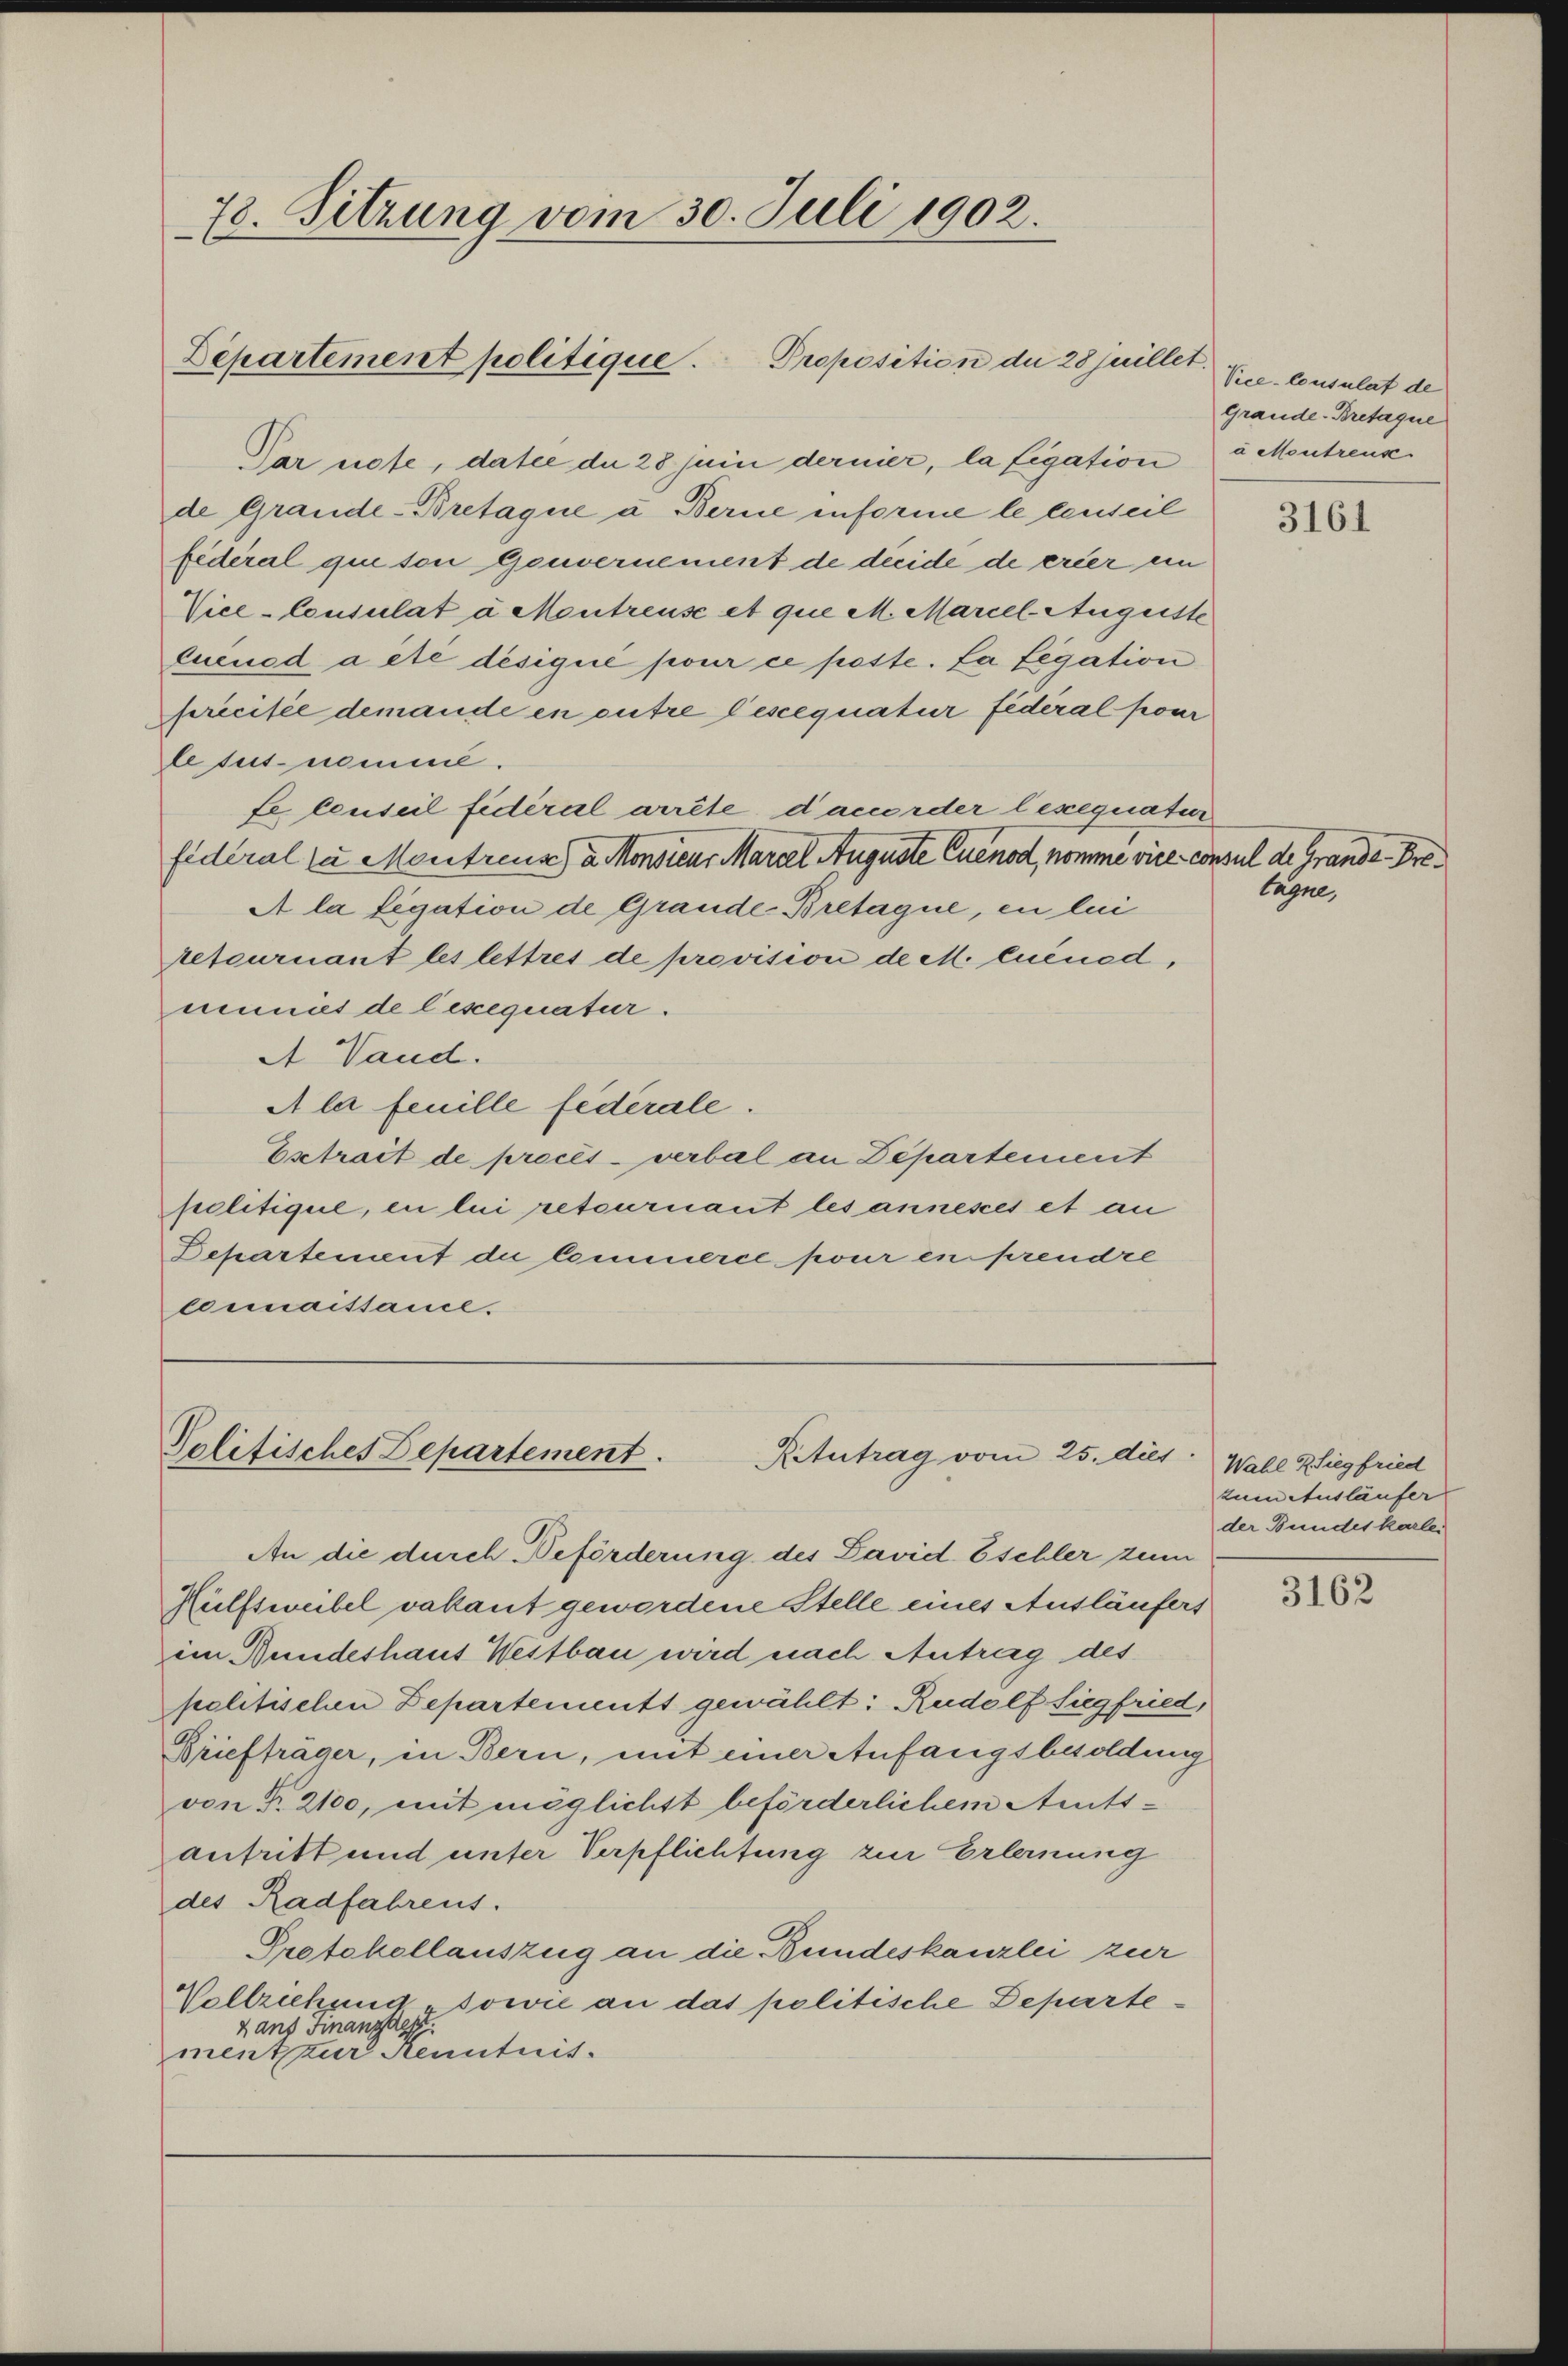
78. Sitzung vom 30. Juli 1902.

Par note, datie du 28 Juni dernier, la Legation à Montrenk
de Grande-Bretague u. Berne informe le censeil
fédéral qui son genvernement de dieide de erer ein
Vice-Consulat à Montreuse et que M. Marcel Auguste
Queusd acte désiqué pour ce paste. La Legation
précisée demande en outre descequatur federal pour
letus nemme.
fe censeil fédéral arrête dacorder lexequatur
fidéral zu Montreux) a. Monsieur Marzel Auguste Cuenod, nomme vice consul de Grande Pre¬
A la legation de Grande Bretagne, en lei
retournant les lettres de provision de M. lnéned,
mmnis de lexequatur.
A Vand.
A la feuille federale.
Estrait de procès-verbal an Departement
politique, en lui retournaut les annesses et an
Departement die Commerce pour en prendre
connaissance.

Departement politique. Proposition du 28juillet.

Politisches Departement.
Retutrag vom 25. dies

An die durch Beförderung des David Eschler zum
Hülfsweibel vakant gewordene Stelle eines Ausläufers
im Bundeshaus Westbau wird nach Antrag des
politischen Departements gewählt: Rudolf Siegfried,
Briefträger, in Bern, mit einer Anfangsbesoldung
von Fr. 2100, mit möglichst beförderlichem Amts-
antritt und unter Verpflichtung zur Erlernung
des Radfahrens.
Protokollauszug an die Bundeskanzlei zur
Vollziehung sowie an das politische Departex ans Finanzdep
ment zur Kenntnis.

Vice-Consulat de
Grande-Bretaque

3161

lagne,

Wahl ZSiegfried
zum Ausläufer
der Bundes karle

3162